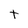
Character: t